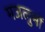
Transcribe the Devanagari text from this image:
मजलुमों